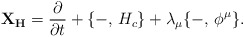
\begin{align*}{\bf X_{H}} = {\partial \over \partial t} + \{ -, \, H_{c} \} + \lambda_{\mu}\{ -, \, \phi^{\mu}\}.\end{align*}